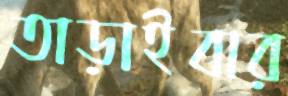
তাড়াইবার